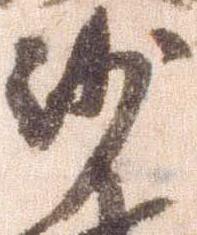
沙